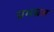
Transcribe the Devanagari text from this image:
प्रमब्रत